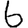
Digit: 6